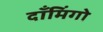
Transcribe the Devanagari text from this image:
दाँमिंगो